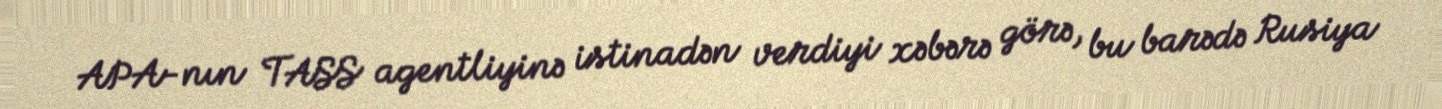
APA-nın TASS agentliyinə istinadən verdiyi xəbərə görə, bu barədə Rusiya